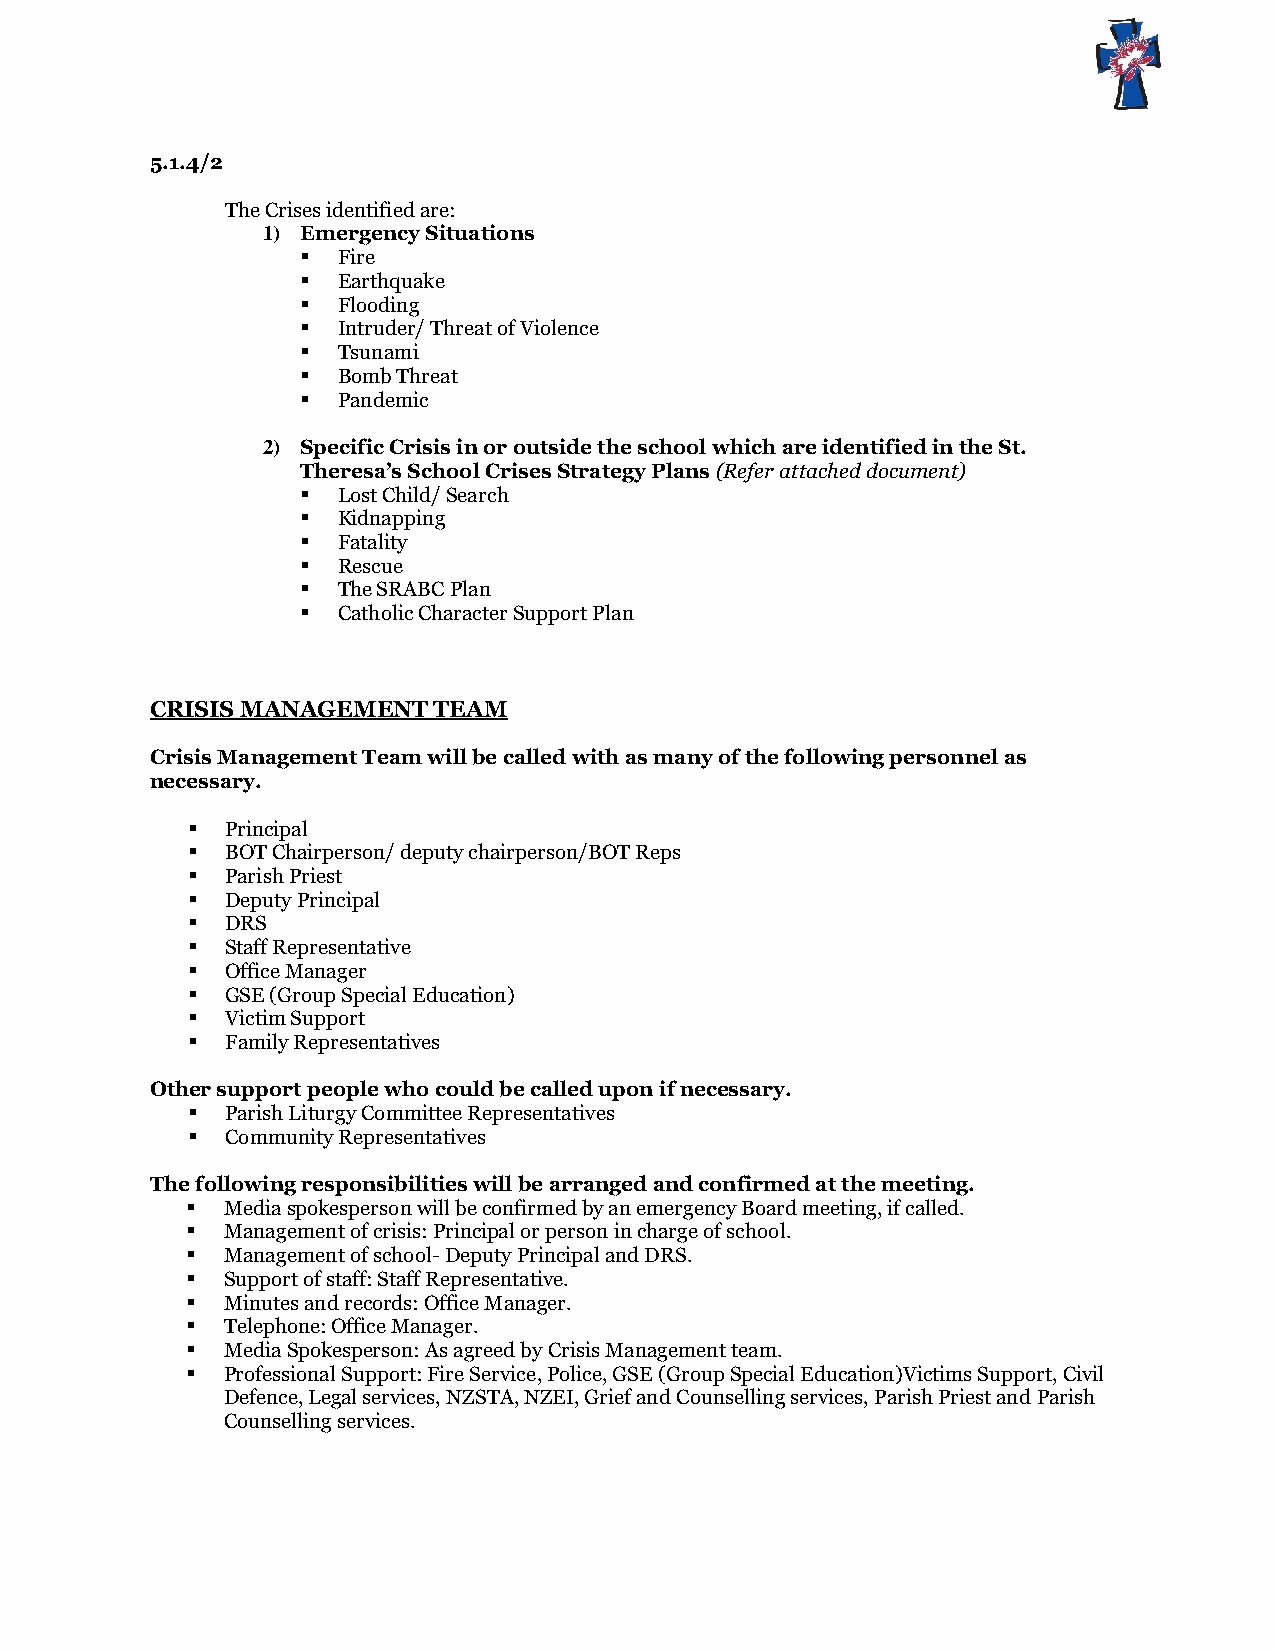
5.1.4/2
 The Crises identified are:
 1) Emergency Situations
  Fire
  Earthquake
  Flooding
  Intruder/ Threat of Violence
  Tsunami
  Bomb Threat
  Pandemic
 2) Specific Crisis in or outside the school which are identified in the St.
 Theresa’s School Crises Strategy Plans (Refer attached document)
  Lost Child/ Search
  Kidnapping
  Fatality
  Rescue
  The SRABC Plan
  Catholic Character Support Plan
 CRISIS MANAGEMENT  TEAM
 Crisis Management Team will be called with as many of the following personnel as
 necessary.
   Principal
   BOT Chairperson/ deputy chairperson/BOT Reps
   Parish Priest
   Deputy Principal
   DRS
   Staff Representative
   Office Manager
   GSE (Group Special Education)
   Victim Support
   Family Representatives
 Other support people who could be called upon if necessary.
   Parish Liturgy Committee Representatives
   Community Representatives
 The following responsibilities will be arranged and confirmed at the meeting.
   Media spokesperson will be confirmed by an emergency Board meeting, if called.
   Management of crisis: Principal or person in charge of school.
   Management of school- Deputy Principal and DRS.
   Support of staff: Staff Representative.
   Minutes and records: Office Manager.
   Telephone: Office Manager.
   Media Spokesperson: As agreed by Crisis Management team.
   Professional Support: Fire Service, Police, GSE (Group Special Education)Victims Support, Civil
 Defence, Legal services, NZSTA, NZEI, Grief and Counselling services, Parish Priest and Parish
 Counselling services.